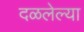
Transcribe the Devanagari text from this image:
दळलेल्या